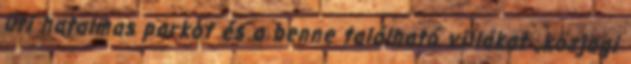
úti hatalmas parkot és a benne található villákat „közjogi